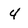
Character: 4